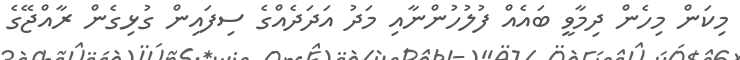
މިކަން މިހެން ދިމާވީ ބައެއް ފުލުހުންނާއި މަދު އަދަދެއްގެ ސިފައިން ގުޅިގެން ރާއްޖޭގެ